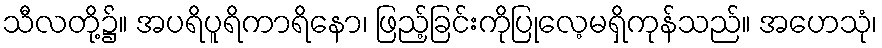
သီလတို့၌။ အပရိပူရိကာရိနော၊ ဖြည့်ခြင်းကိုပြုလေ့မရှိကုန်သည်။ အဟေသုံ၊